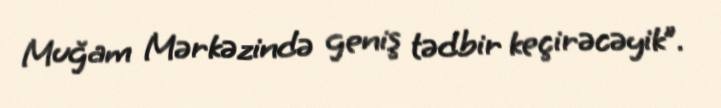
Muğam Mərkəzində geniş tədbir keçirəcəyik”.